Annual report on the health of the army in India
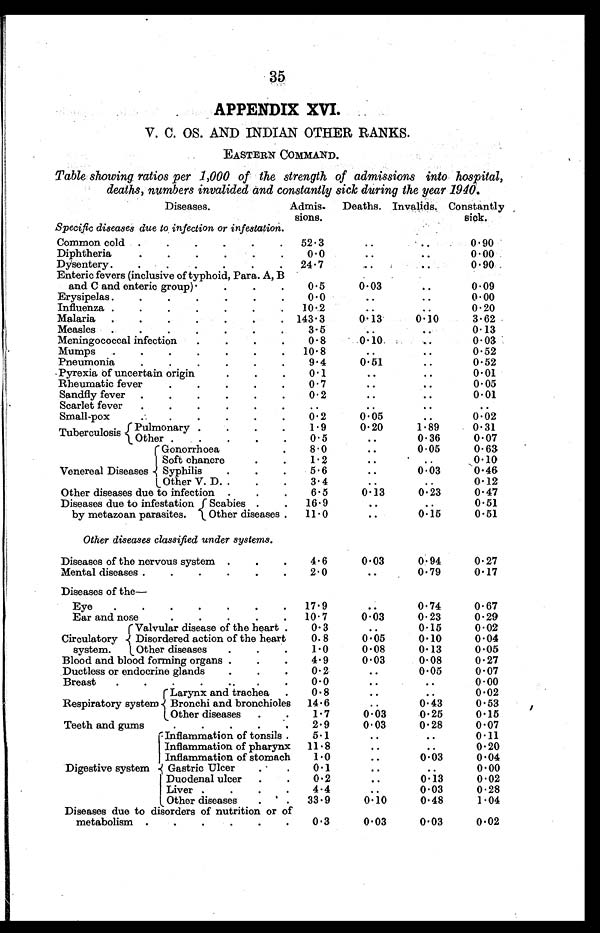
35
APPENDIX XVI.
V. C. OS. AND INDIAN OTHER RANKS.
EASTERN COMMAND.
Table showing ratios per 1,000 of the strength of admissions into hospital,
deaths, numbers invalided and constantly sick during the year 1940.
Diseases.
Admis-
sions.
Deaths. Invalids. Constantly
sick.
Specific diseases due to infection or infestation.
Common cold
52.3
0.90
Diphtheria
0.0
0.00
Dysentery
24.7
0.90
Enteric fevers (inclusive of typhoid, Para. A, B
and C and enteric group)
0.5
0.03
0.09
Erysipelas
0.0
0.00
Influenza
10. 2
0.20
Malaria
143.3
0.13
0.10
3.62
Measles
3.5
0.13
Meningococcal infection
0.8
0.10
0.03
Mumps
10.8
0.52
Pneumonia
9.4
0.51
0.52
Pyrexia of uncertain origin
0.1
0.01
Rheumatic fever
0.7
0.05
Sandfly fever
0.2
0.01
Scarlet fever
.
Small-pox
0.2
0.05
0.02
Tuberculosis Pulmonary
Other
1.9
0.20
1.89
0.31
0.5
0.36
0.07
Venereal Diseases
Gonorrhoea
Soft chancre
Syphilis
Other V. D
8.0
0.05
0.63
1.2
0.10
5.6
0.03
0.46
3.4
0.12
Other diseases due to infection
6.5
0.13
0.23
0.47
Diseases due to infestation
by metazoan parasites.
Scabies
Other diseases
16.9
0.51
11.0
0.15
0.51
Other diseases classified under systems.
Diseases of the nervous system
4.6
0.03
0.94
0.27
Mental diseases
2.0
0.79
0.17
Diseases of the
—
Eye
17.9
0.74
0.67
Ear and nose
10.7
0.03
0.23
0.29
Circulatory
system.
Valvular disease of the heart
Disordered action of the heart
Other diseases
0.3
0.15
0.02
0.8
0.05
0.10
0.04
1.0
0.08
0.13
0.05
Blood and blood forming organs
4.9
0.03
0.08
0.27
Ductless or endocrine glands
0.2
0.05
0.07
Breast
0.0
0.00
Respiratory system
Larynx and trachea
Bronchi and bronchioles
Other diseases
0.8
0.02
14.6
0.43
0.53
1.7
0.03
0.25
0.15
Teeth and gums
2.9
0.03
0.28
0.07
Digestive system
Inflammation of tonsils
Inflammation of pharynx
Inflammation of stomach
Gastric Ulce
Duodenal ulce
r
Liver
Other diseases
5.1
0.11
11.8
0 . 2 0
1.0
0.03
0.04
0.1
0.00
0.2
0.13
0.02
4.4
0.03
0.28
33.9
0.10
0.48
1.04
Diseases due to disorders of nutrition or of
metabolism
0.3
0.03
0.03
0.02